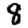
Digit: 8